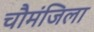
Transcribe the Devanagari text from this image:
चौमंजिला